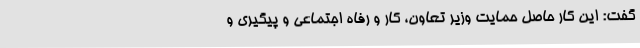
گفت: این کار حاصل حمایت وزیر تعاون، کار و رفاه اجتماعی و پیگیری و